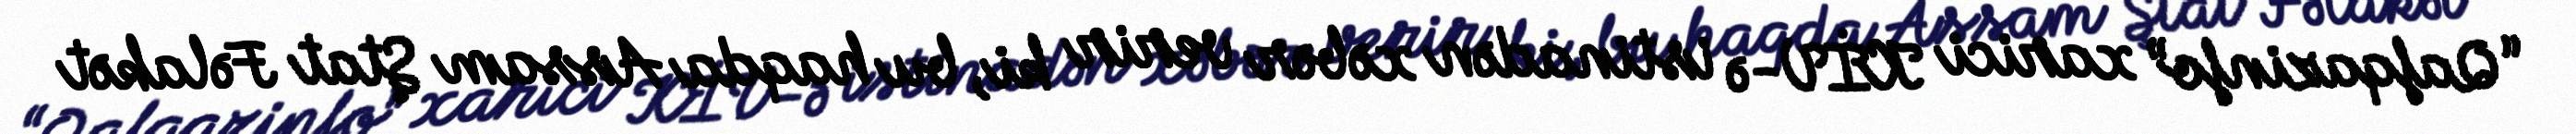
“Qafqazinfo” xarici KİV-ə istinadən xəbər verir ki, bu haqda Assam Ştat Fəlakət